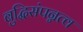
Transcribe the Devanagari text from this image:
बुद्धिसंपन्नत्व